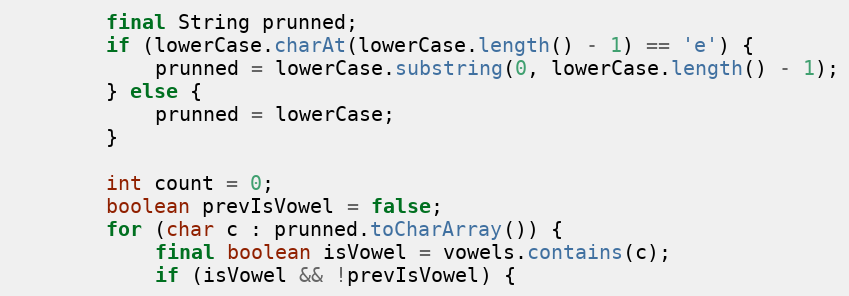
Language: Java
        final String prunned;
        if (lowerCase.charAt(lowerCase.length() - 1) == 'e') {
            prunned = lowerCase.substring(0, lowerCase.length() - 1);
        } else {
            prunned = lowerCase;
        }

        int count = 0;
        boolean prevIsVowel = false;
        for (char c : prunned.toCharArray()) {
            final boolean isVowel = vowels.contains(c);
            if (isVowel && !prevIsVowel) {